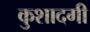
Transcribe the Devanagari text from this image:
कुशादगी